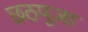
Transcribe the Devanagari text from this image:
छठपूजा